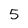
Character: 5